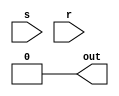
module sr_latch(s,r,out);
    input s;
    input r;
    output reg out;

    assign out = 1'b0;
    //initialize 

    always@(s or r)begin
        if (s == 1'b1 && r == 1'b0 ) 
            out = 1'b1;
        else if (r == 1'b1 && s == 1'b0) 
            out = 1'b0;
        else if (r == 1'b0 && s == 1'b0)
            out = out;
        else 
            out = 1'bx; //forbidden
    end
endmodule